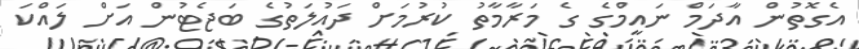
އެގޮތުން އާދަމް ނައީމްގެ ގެ މަރާމާތު ކުރުމަށް ދައުލަތުގެ ބަޖެޓުން އަށް ލައްކަ